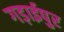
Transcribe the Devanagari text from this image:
गड़ाईपुर